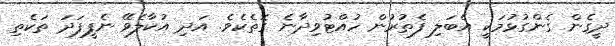
ދީގެން ގެންގުޅުމަކީ އެބަލި ފެތުރުން ހުއްޓުވިދާނެ ގޮތެކެވެ. އަދި އުކާލެވޭ ނެފީފަދަ ތަކެތި